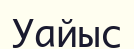
Уайыс